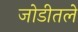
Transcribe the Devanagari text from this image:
जोडीतले